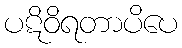
ပဋိဝိရတာပိပေ